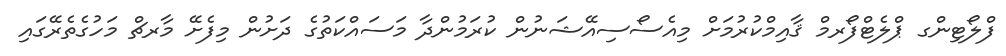
ފްލޯޓިންގ ޕްލެޓްފޯރމް ޤާއިމްކުރުމަށް މިއެސޯސިއޭޝަނުން ކުރަމުންދާ މަސައްކަތުގެ ދަށުން މިފެށޭ މާރޗް މަހުގެތެރޭގައި